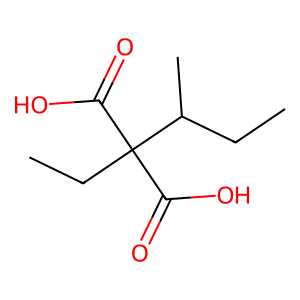
SMILES: CCC(C)C(CC)(C(=O)O)C(=O)O
Inhibits HIV replication: No